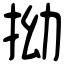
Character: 拗